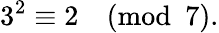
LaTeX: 3^{2}\equiv 2{\pmod{7}}.